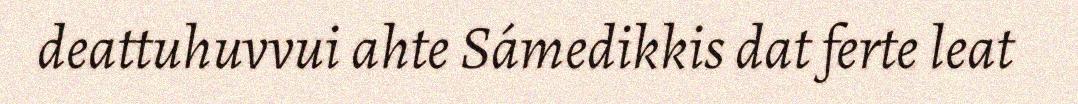
deattuhuvvui ahte Sámedikkis dat ferte leat